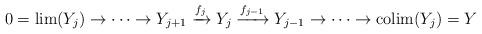
LaTeX: \begin{align*}0 =\lim(Y_j)\to\cdots \to Y_{j+1} \xrightarrow{f_{j}} Y_{j} \xrightarrow{f_{j-1}}Y_{j-1}\to \cdots\to \mathrm{colim}(Y_j)=Y\end{align*}